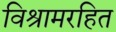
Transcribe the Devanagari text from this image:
विश्रामरहित